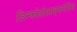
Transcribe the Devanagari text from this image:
लिम्फोप्रोलाइफरेटिव